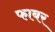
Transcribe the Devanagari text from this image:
फाबर